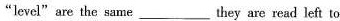
"level"are the same___they are read left to